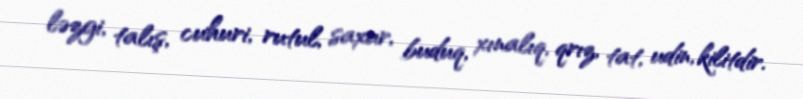
ləzgi, talış, cuhuri, rutul, saxur, buduq, xınalıq, qrız, tat, udin, kilitdir.